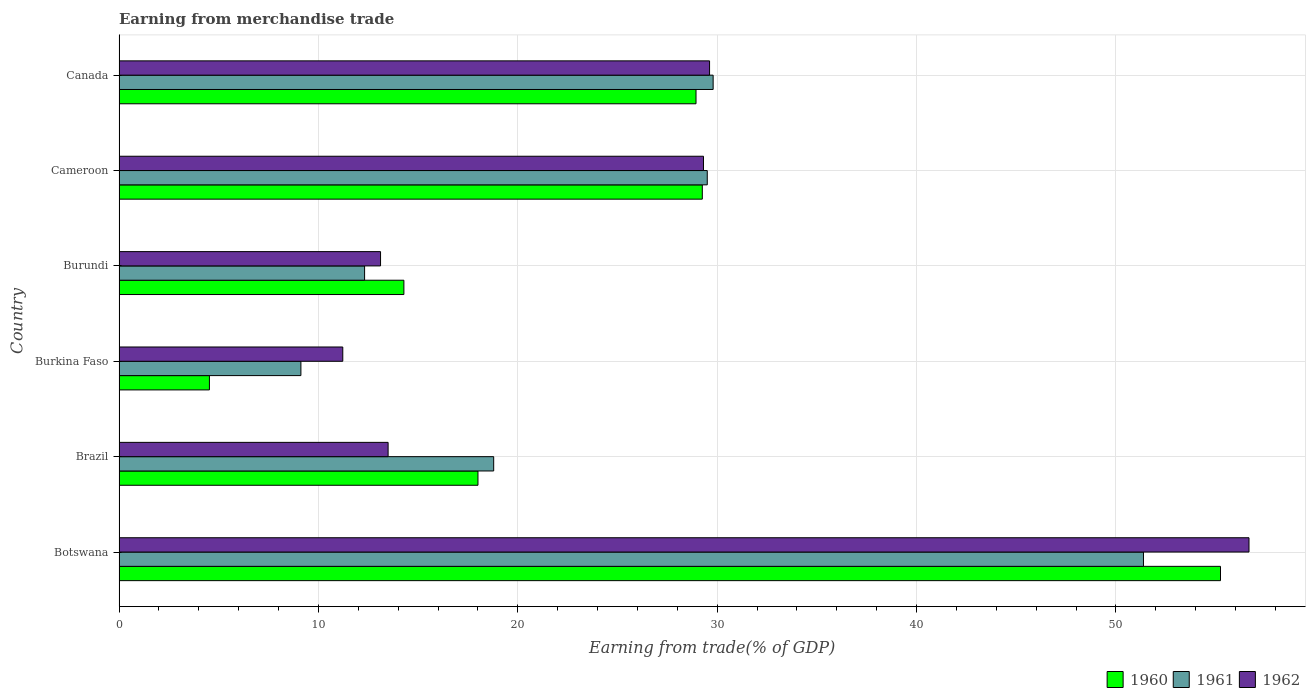
| Country | 1960 | 1961 | 1962 |
 | --- | --- | --- | --- |
 | Botswana | 55.2 | 51.4 | 56.7 |
 | Brazil | 18 | 18.8 | 13.5 |
 | Burkina Faso | 4.53 | 9.12 | 11.2 |
 | Burundi | 14.3 | 12.3 | 13.1 |
 | Cameroon | 29.3 | 29.5 | 29.3 |
 | Canada | 28.9 | 29.8 | 29.6 |